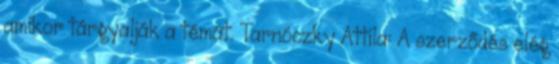
amikor tárgyalják a témát. Tarnóczky Attila: A szerződés elég